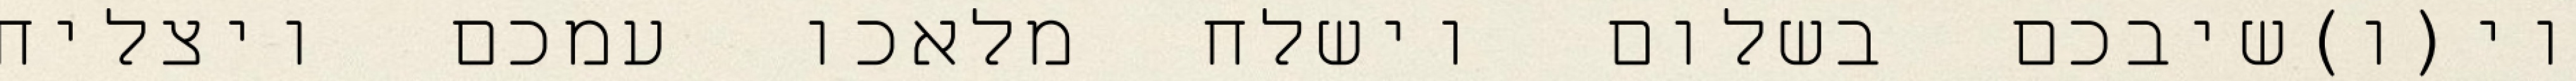
וי(ו)שיבכם בשלום וישלח מלאכו עמכם ויצליח